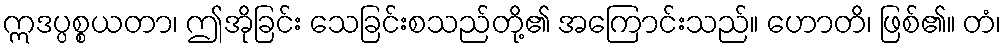
ဣဒပ္ပစ္စယတာ၊ ဤအိုခြင်း သေခြင်းစသည်တို့၏ အကြောင်းသည်။ ဟောတိ၊ ဖြစ်၏။ တံ၊